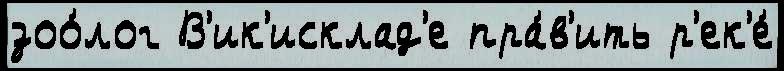
зоо́лог В'ик'исклад'е пра́в'ить р'ек'е́